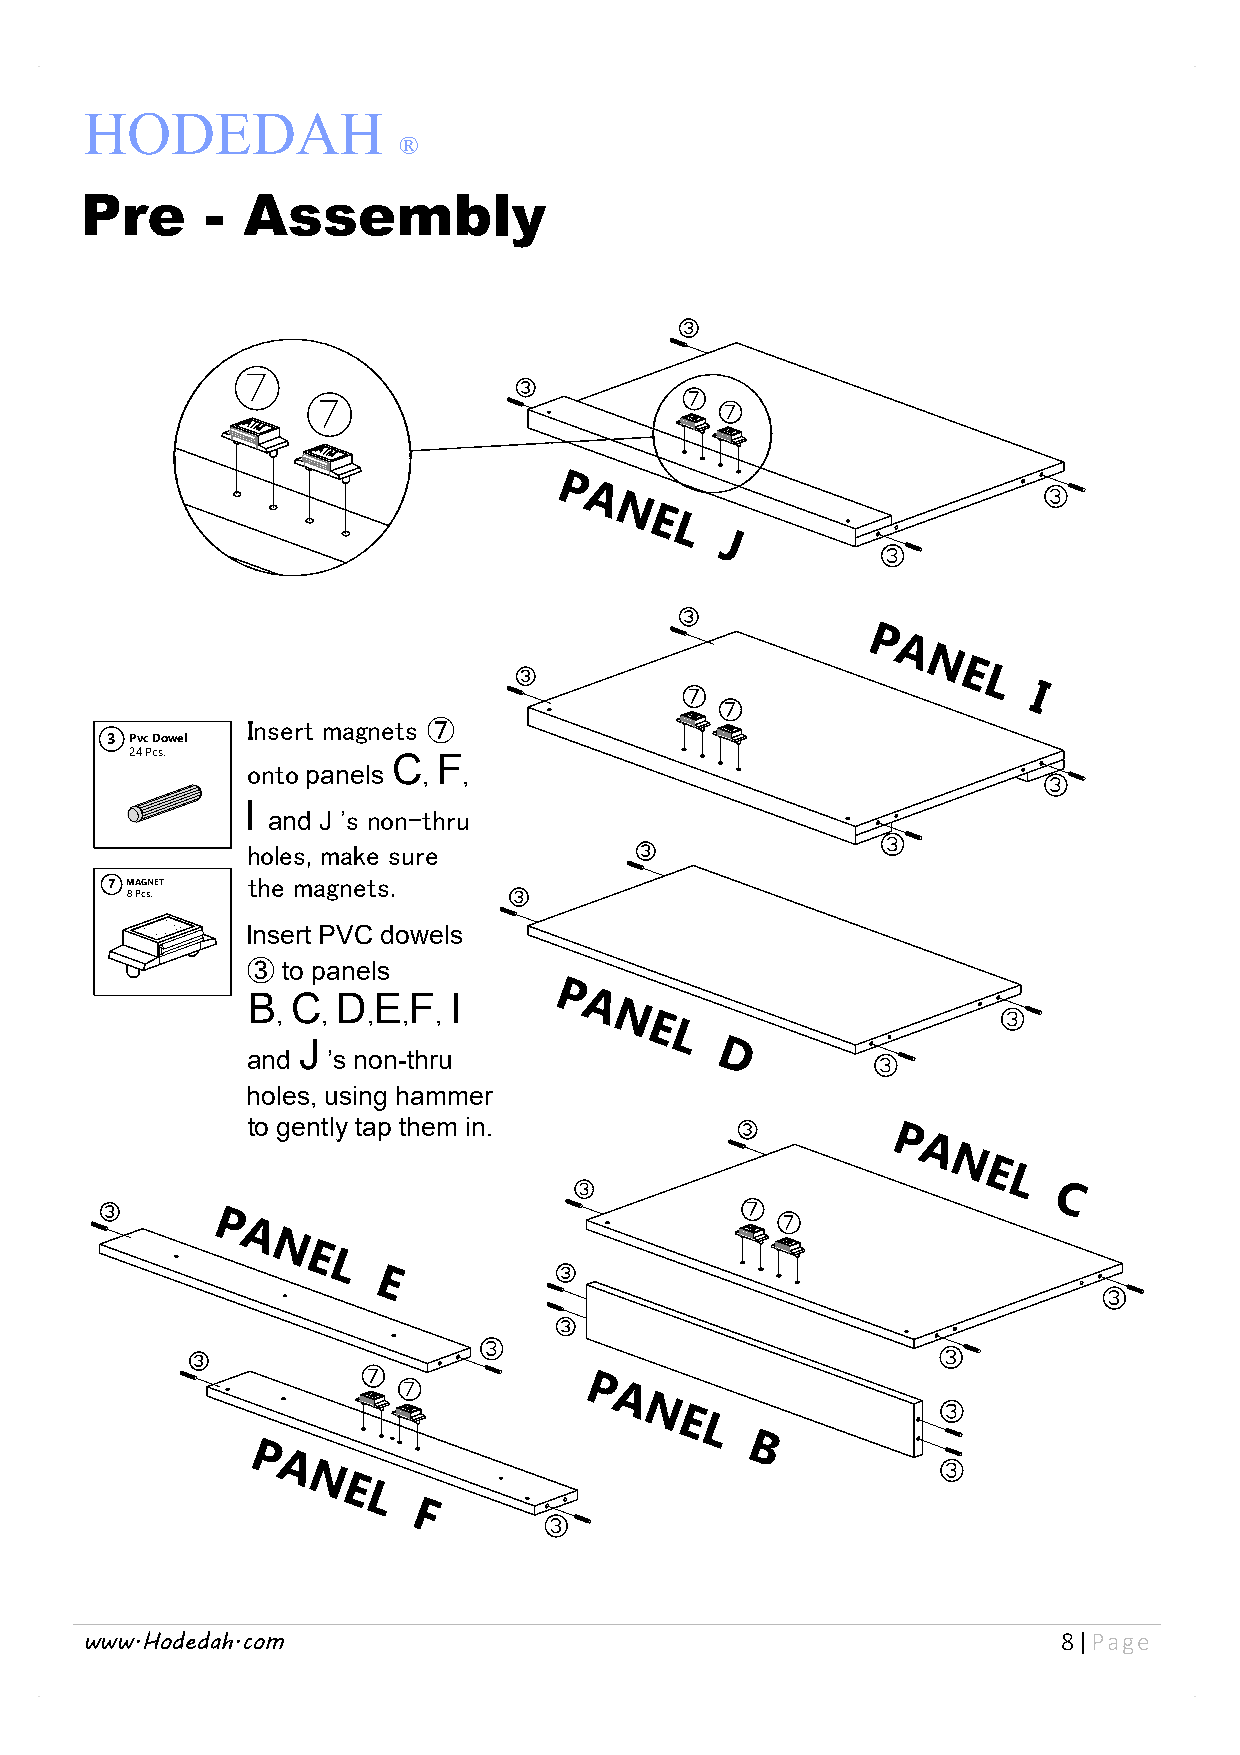
HODEDAH
 ®
 Pre      - Assembly
 P
 A
 N
 E
 L
 J
 P
 A
 N
 E
 L
 I
 Insert magnets ⑦
 3 Pvc Dowel
 24 Pcs.          C  F
 onto panels ,  ,
 I
 and J 's non-thru
 holes, make sure
 7 MAGNET the magnets.
 8 Pcs.
 AIM   Insert PVC dowels
 ③  to panels
 P
 B  C  D  E F  I       A
 ,  ,  ,  , ,          N
 E
 and J ’s non-thru
 L
 D
 holes, using hammer
 to gently tap them in.
 P
 A
 N
 E
 L
 C
 P
 A
 N
 E
 L
 E
 P
 A
 N
 E
 L
 B
 P
 A
 N
 E
 L
 F
 www.Hodedah.com                                                  8|Page